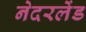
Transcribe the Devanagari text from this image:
नेदरलेंड